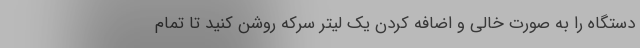
دستگاه را به صورت خالی و اضافه کردن یک لیتر سرکه روشن کنید تا تمام